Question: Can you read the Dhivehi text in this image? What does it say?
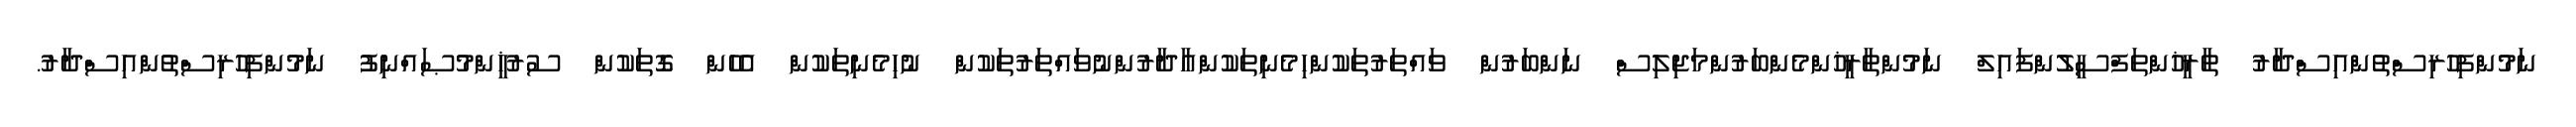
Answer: ނަމުންފިހުރިސްތުންއިސްދާރު ތާރީޚުންތަފްސީލުންފައިލް ނަމުންތާރީޚުންމެންބަރުންމަޖިލިސް ނަންބަރުން ވައްތަރުތަކުންހިމެނިތަކުންއާދާރުންނުވައްތަރުތަކުން ނުހިމެނިތަކުން އެހެން ގޮތަކުން ސުރުޚީންމުޞައްނިފު ނަމުންފިހުރިސްތުންއިސްދާރު.